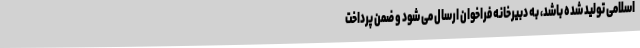
اسلامی تولید شده باشد، به دبیرخانه فراخوان ارسال می شود و ضمن پرداخت